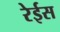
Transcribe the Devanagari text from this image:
रेईस